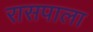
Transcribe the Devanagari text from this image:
रासपाला